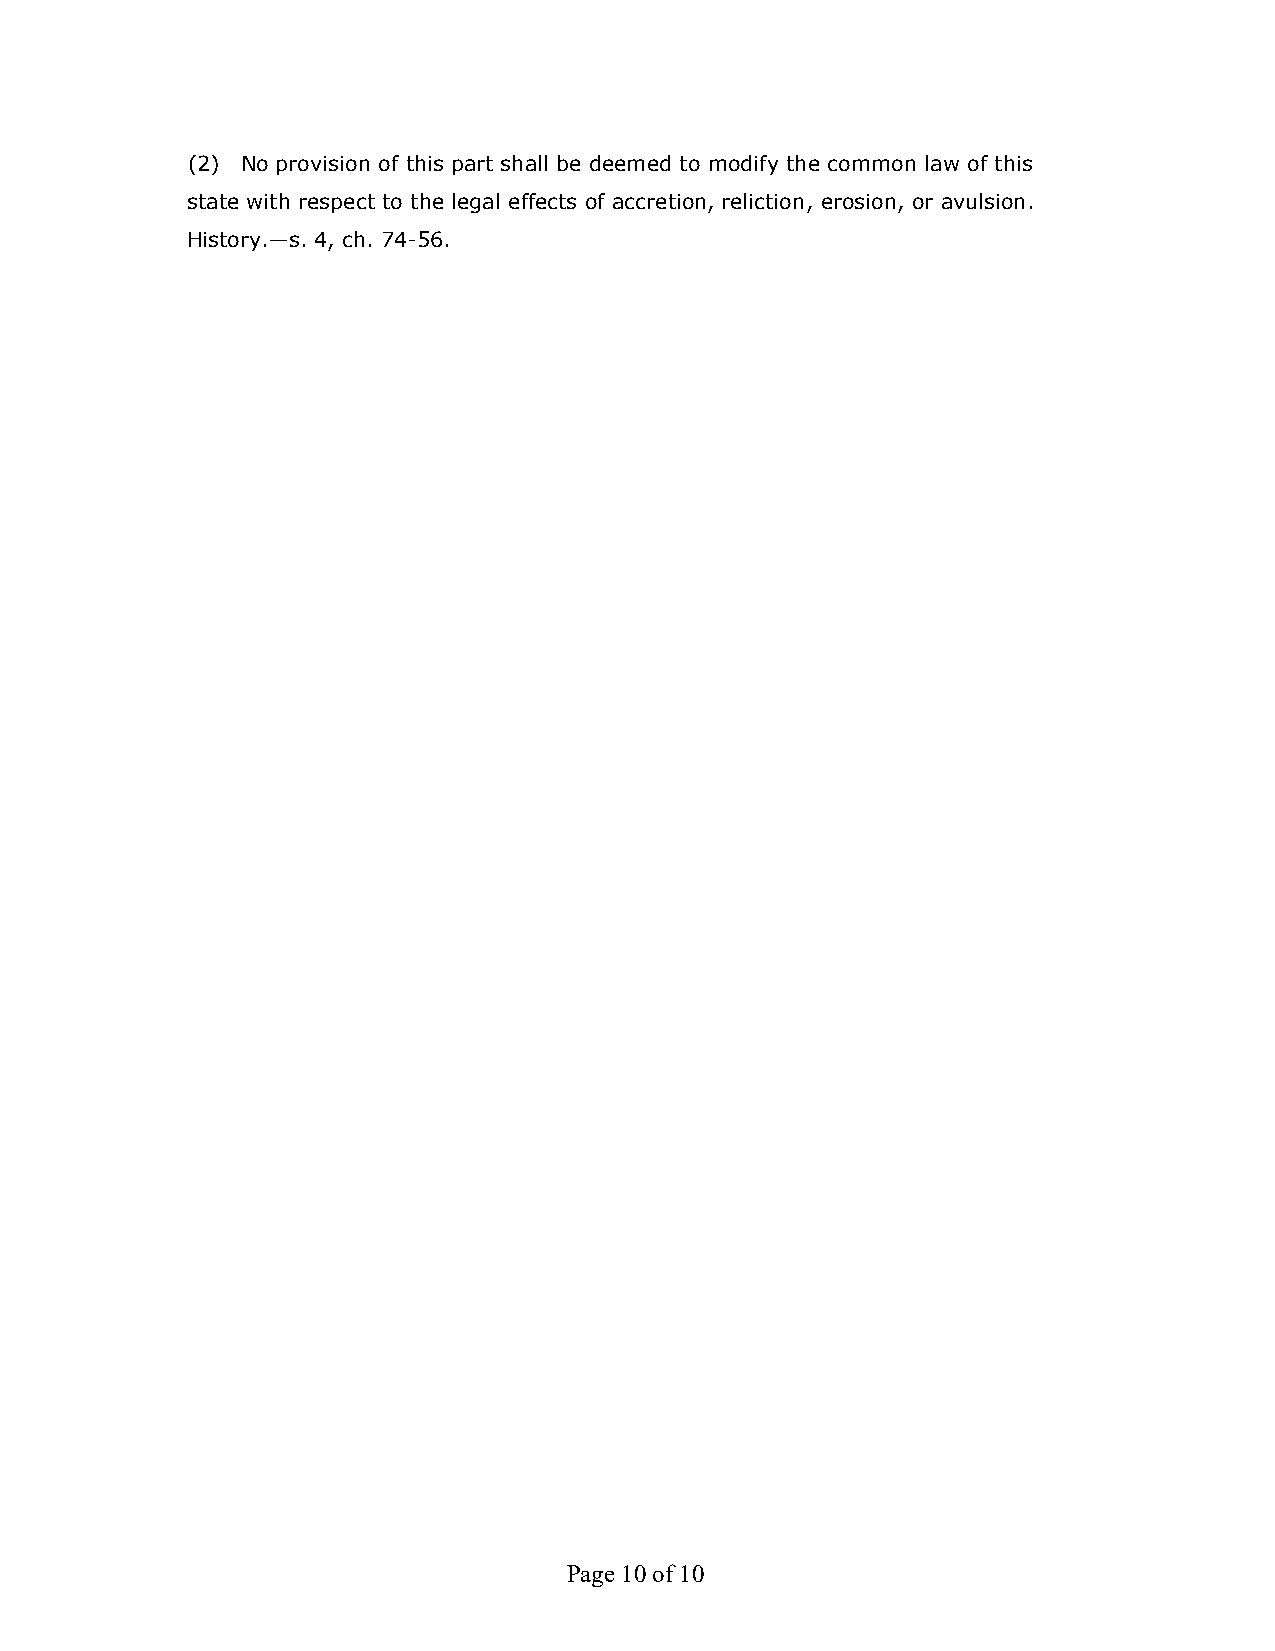
(2) No provision of this part shall be deemed to modify the common law of this
 state with respect to the legal effects of accretion, reliction, erosion, or avulsion.
 History.—s. 4, ch. 74-56.
 Page 10 of 10